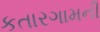
કતારગામની